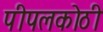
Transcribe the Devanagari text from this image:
पीपलकोठी